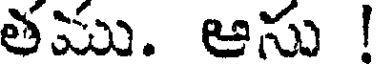
తము. ఆను !